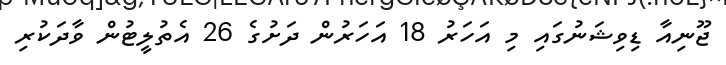
ޖޫނިއާ ޑިވިޝަނުގައި މި އަހަރު 18 އަހަރުން ދަށުގެ 26 އެތުލީޓުން ވާދަކުރި